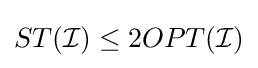
ST({\mathcal {I}})\leq 2OPT({\mathcal {I}})